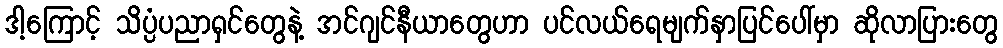
ဒါ့ကြောင့် သိပ္ပံပညာရှင်တွေနဲ့ အင်ဂျင်နီယာတွေဟာ ပင်လယ်ရေမျက်နှာပြင်ပေါ်မှာ ဆိုလာပြားတွေ